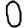
Digit: 0